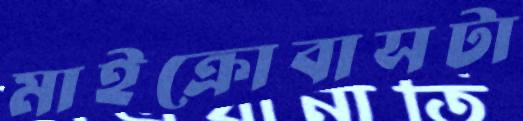
মাইক্রোবাসটা